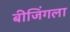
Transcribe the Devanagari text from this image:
बीजिंगला